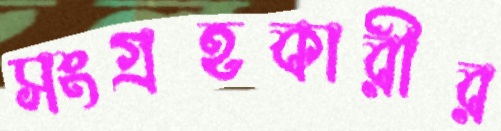
সংগ্রহকারীর